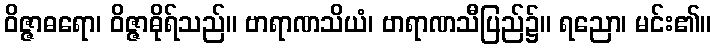
ဝိဇ္ဇာဓရော၊ ဝိဇ္ဇာဓိုရ်သည်။ ဗာရာဏသိယံ၊ ဗာရာဏသီပြည်၌။ ရညော၊ မင်း၏။